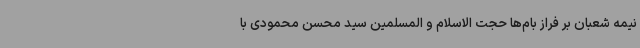
نیمه شعبان بر فراز بام‌ها حجت الاسلام و المسلمین سید محسن محمودی با